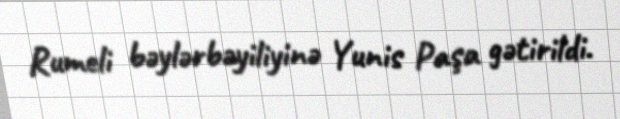
Rumeli bəylərbəyiliyinə Yunis Paşa gətirildi.